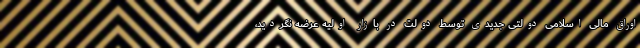
اوراق مالی اسلامی دولتی جدیدی توسط دولت در بازار اولیه عرضه نگردید،